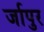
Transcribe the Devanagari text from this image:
र्जापुर